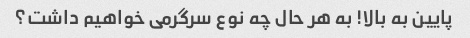
پایین به بالا! به هر حال چه نوع سرگرمی خواهیم داشت؟